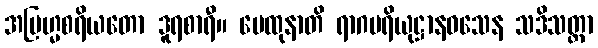
အဗြဟ္မစရိယတော ဒူရစာရီ။ မေထုနာတိ ရာဂပရိယုဋ္ဌာနဝသေန သဒိသတ္တာ